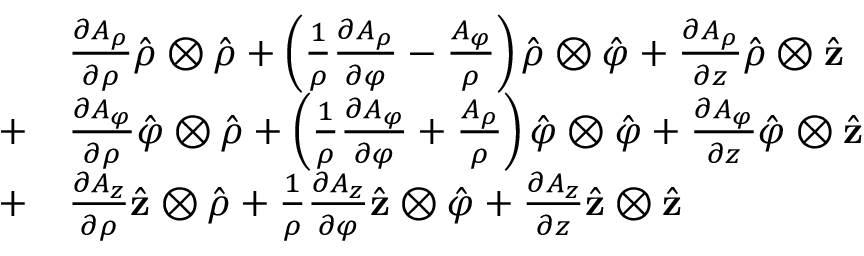
{ \begin{array} { r l } { } & { { \frac { \partial A _ { \rho } } { \partial \rho } } { \hat { \boldsymbol { \rho } } } \otimes { \hat { \boldsymbol { \rho } } } + \left( { \frac { 1 } { \rho } } { \frac { \partial A _ { \rho } } { \partial \varphi } } - { \frac { A _ { \varphi } } { \rho } } \right) { \hat { \boldsymbol { \rho } } } \otimes { \hat { \boldsymbol { \varphi } } } + { \frac { \partial A _ { \rho } } { \partial z } } { \hat { \boldsymbol { \rho } } } \otimes { \hat { \mathbf { z } } } } \\ { + } & { { \frac { \partial A _ { \varphi } } { \partial \rho } } { \hat { \boldsymbol { \varphi } } } \otimes { \hat { \boldsymbol { \rho } } } + \left( { \frac { 1 } { \rho } } { \frac { \partial A _ { \varphi } } { \partial \varphi } } + { \frac { A _ { \rho } } { \rho } } \right) { \hat { \boldsymbol { \varphi } } } \otimes { \hat { \boldsymbol { \varphi } } } + { \frac { \partial A _ { \varphi } } { \partial z } } { \hat { \boldsymbol { \varphi } } } \otimes { \hat { \mathbf { z } } } } \\ { + } & { { \frac { \partial A _ { z } } { \partial \rho } } { \hat { \mathbf { z } } } \otimes { \hat { \boldsymbol { \rho } } } + { \frac { 1 } { \rho } } { \frac { \partial A _ { z } } { \partial \varphi } } { \hat { \mathbf { z } } } \otimes { \hat { \boldsymbol { \varphi } } } + { \frac { \partial A _ { z } } { \partial z } } { \hat { \mathbf { z } } } \otimes { \hat { \mathbf { z } } } } \end{array} }